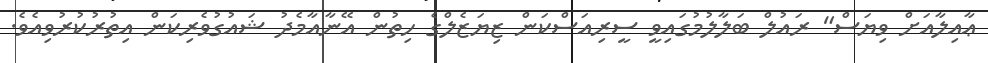
ޢާއިލާއަށް ވިޔަސް" ރައުލް ބަލާލުމުގައިވީ ސީރިއަސްކަން ޒިޔަޒެލްގެ ހިތުން އޭނާއާމެދު ޝައުގުވެރިކަން އިތުރުކުރުވިއެވެ.